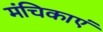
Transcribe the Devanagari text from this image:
मंचिकाएं